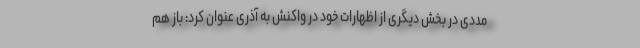
مددی در بخش دیگری از اظهارات خود در واکنش به آذری عنوان کرد: باز هم